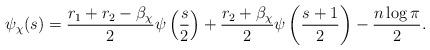
LaTeX: \begin{align*}\psi_\chi(s) = \frac{r_1+r_2 - \beta_\chi}{2}\psi\left(\frac{s}{2}\right) + \frac{r_2 + \beta_\chi}{2}\psi\left(\frac{s+1}{2}\right) - \frac{n\log \pi}{2}.\end{align*}